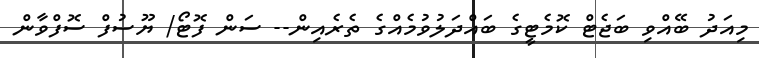
މިއަދު ބޭއްވި ބަޖެޓް ކޮމެޓީގެ ބައްދަލުވުމެއްގެ ތެރެއިން-- ސަން ފޮޓޯ/ ޔޫސުފް ސޮފްވާން